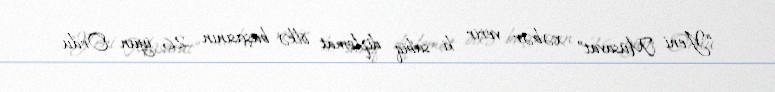
“Yeni Müsavat” xəbər verir ki, sabiq diplomat ölkə başçısının 26 iyun Ordu